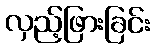
လှည့်ဖြားခြင်း